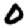
Digit: 0